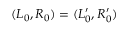
( L _ { 0 } , R _ { 0 } ) = ( L _ { 0 } ^ { \prime } , R _ { 0 } ^ { \prime } )